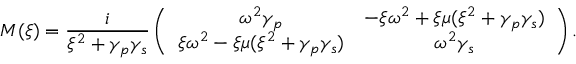
M ( \xi ) = \frac { i } { \xi ^ { 2 } + \gamma _ { p } \gamma _ { s } } \left( \begin{array} { c c } { \omega ^ { 2 } \gamma _ { p } } & { - \xi \omega ^ { 2 } + \xi \mu ( \xi ^ { 2 } + \gamma _ { p } \gamma _ { s } ) } \\ { \xi \omega ^ { 2 } - \xi \mu ( \xi ^ { 2 } + \gamma _ { p } \gamma _ { s } ) } & { \omega ^ { 2 } \gamma _ { s } } \end{array} \right) .